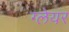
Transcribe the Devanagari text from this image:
ग्‍लेयर